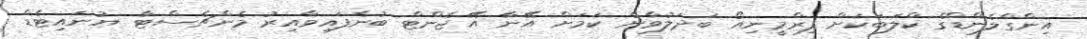
އިންގްލެންޑްގެ ކްލަބަކަށް ފިރްމީނިއޯ ބަދަލުވާނެ ކަމަށް އޭނާ އޭޖެންޓް ބުނެފައިވާއިރު މެންޗެސްޓާ ޔުނައިޓެޑް